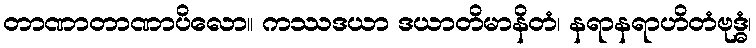
တာဏာတာဏာပိလော။ ကဿဒယာ ဒယာတိမာနိတံ၊ နရာနရာဟိတံဗုဒ္ဓံ၊